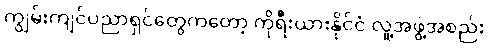
ကျွမ်းကျင်ပညာရှင်တွေကတော့ ကိုရီးယားနိုင်ငံ လူ့အဖွဲ့အစည်း